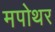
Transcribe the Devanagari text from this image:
मपोथर